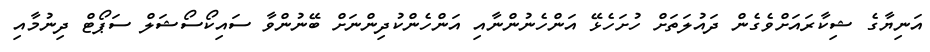
އަނިޔާގެ ޝިކާރައަށްވެގެން ދައުލަތަށް ހުށަހެޅޭ އަންހެނުންނާއި އަންހެންކުދިންނަށް ބޭނުންވާ ސައިކޯސޯޝަލް ސަޕޯޓް ދިނުމާއި